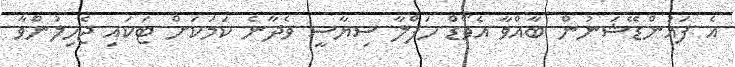
އެ ފައުންޑޭޝަނުން ބާއްވާ އެވޯޑް ހަފްލާ ސިޔާސީ ވެދާނެ ކަމަކަށް ޓަކައި ޖެހިލުންވާ